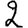
Digit: 2